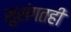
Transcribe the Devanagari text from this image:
सुसंगतही